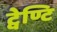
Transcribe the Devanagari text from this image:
ट्वेण्टि